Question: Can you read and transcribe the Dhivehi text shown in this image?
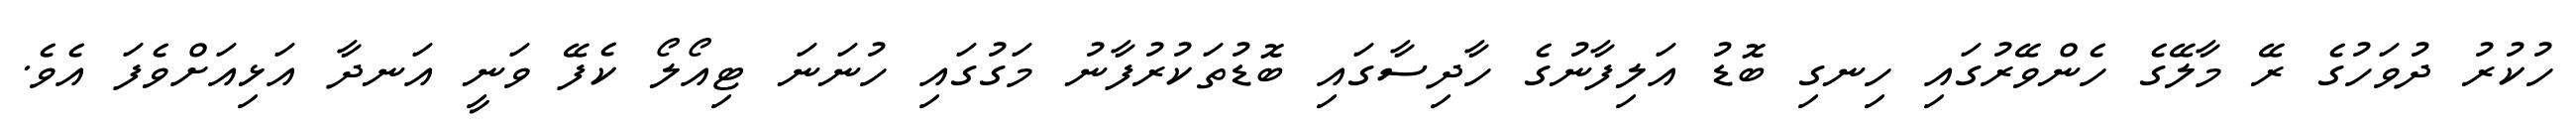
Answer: ހުކުރު ދުވަހުގެ ރޭ މާލޭގެ ހެންވޭރުގައި ހިނގި ބޮޑު އަލިފާނުގެ ހާދިސާގައި ބޮޑުތަކުރުފާނު މަގުގައި ހުނަނަ ޓިއޯލޯ ކެފޭ ވަނީ އަނދާ އަޅިއަށްވެފަ އެވެ.